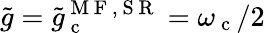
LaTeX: \tilde{g}=\tilde{g}_{\mathrm{~c~}}^{\mathrm{~M~F~,~S~R~}}=\omega_{\mathrm{~c~}}/2